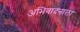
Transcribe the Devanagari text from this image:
अभिवादनाला